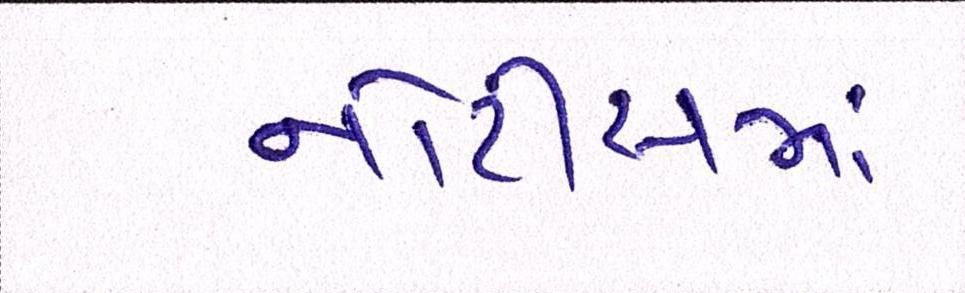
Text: નોટીસમાં